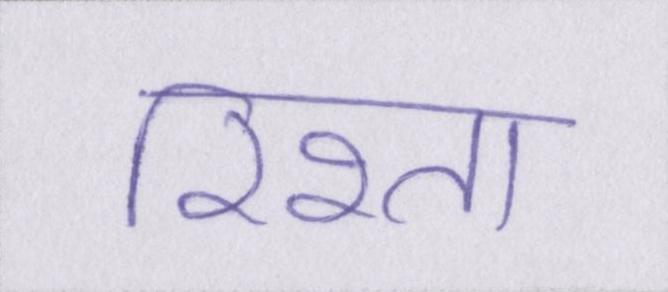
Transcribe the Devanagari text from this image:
रिश्ता